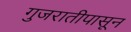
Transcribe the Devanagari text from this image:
गुजरातीपासून